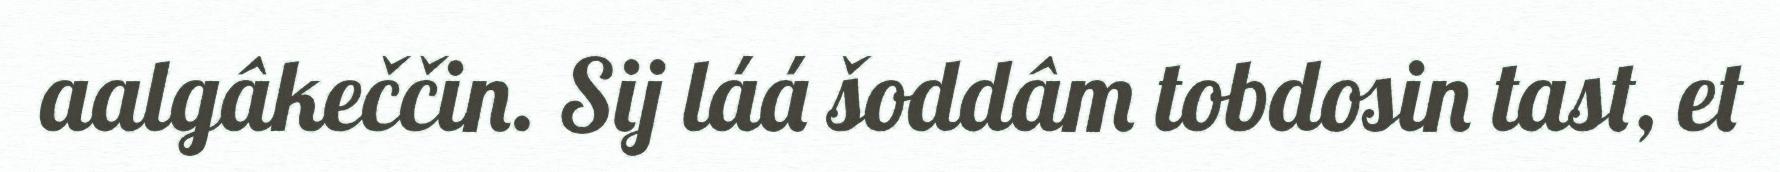
aalgâkeččin. Sij láá šoddâm tobdosin tast, et